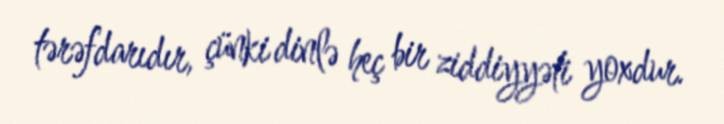
tərəfdarıdır, çünki dinlə heç bir ziddiyyəti yoxdur.